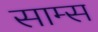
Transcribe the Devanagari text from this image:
साम्स